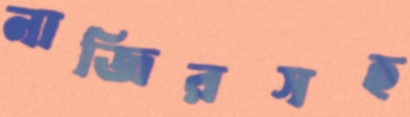
নাজিরসহ